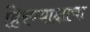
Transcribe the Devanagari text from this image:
हिरण्याक्षाचा